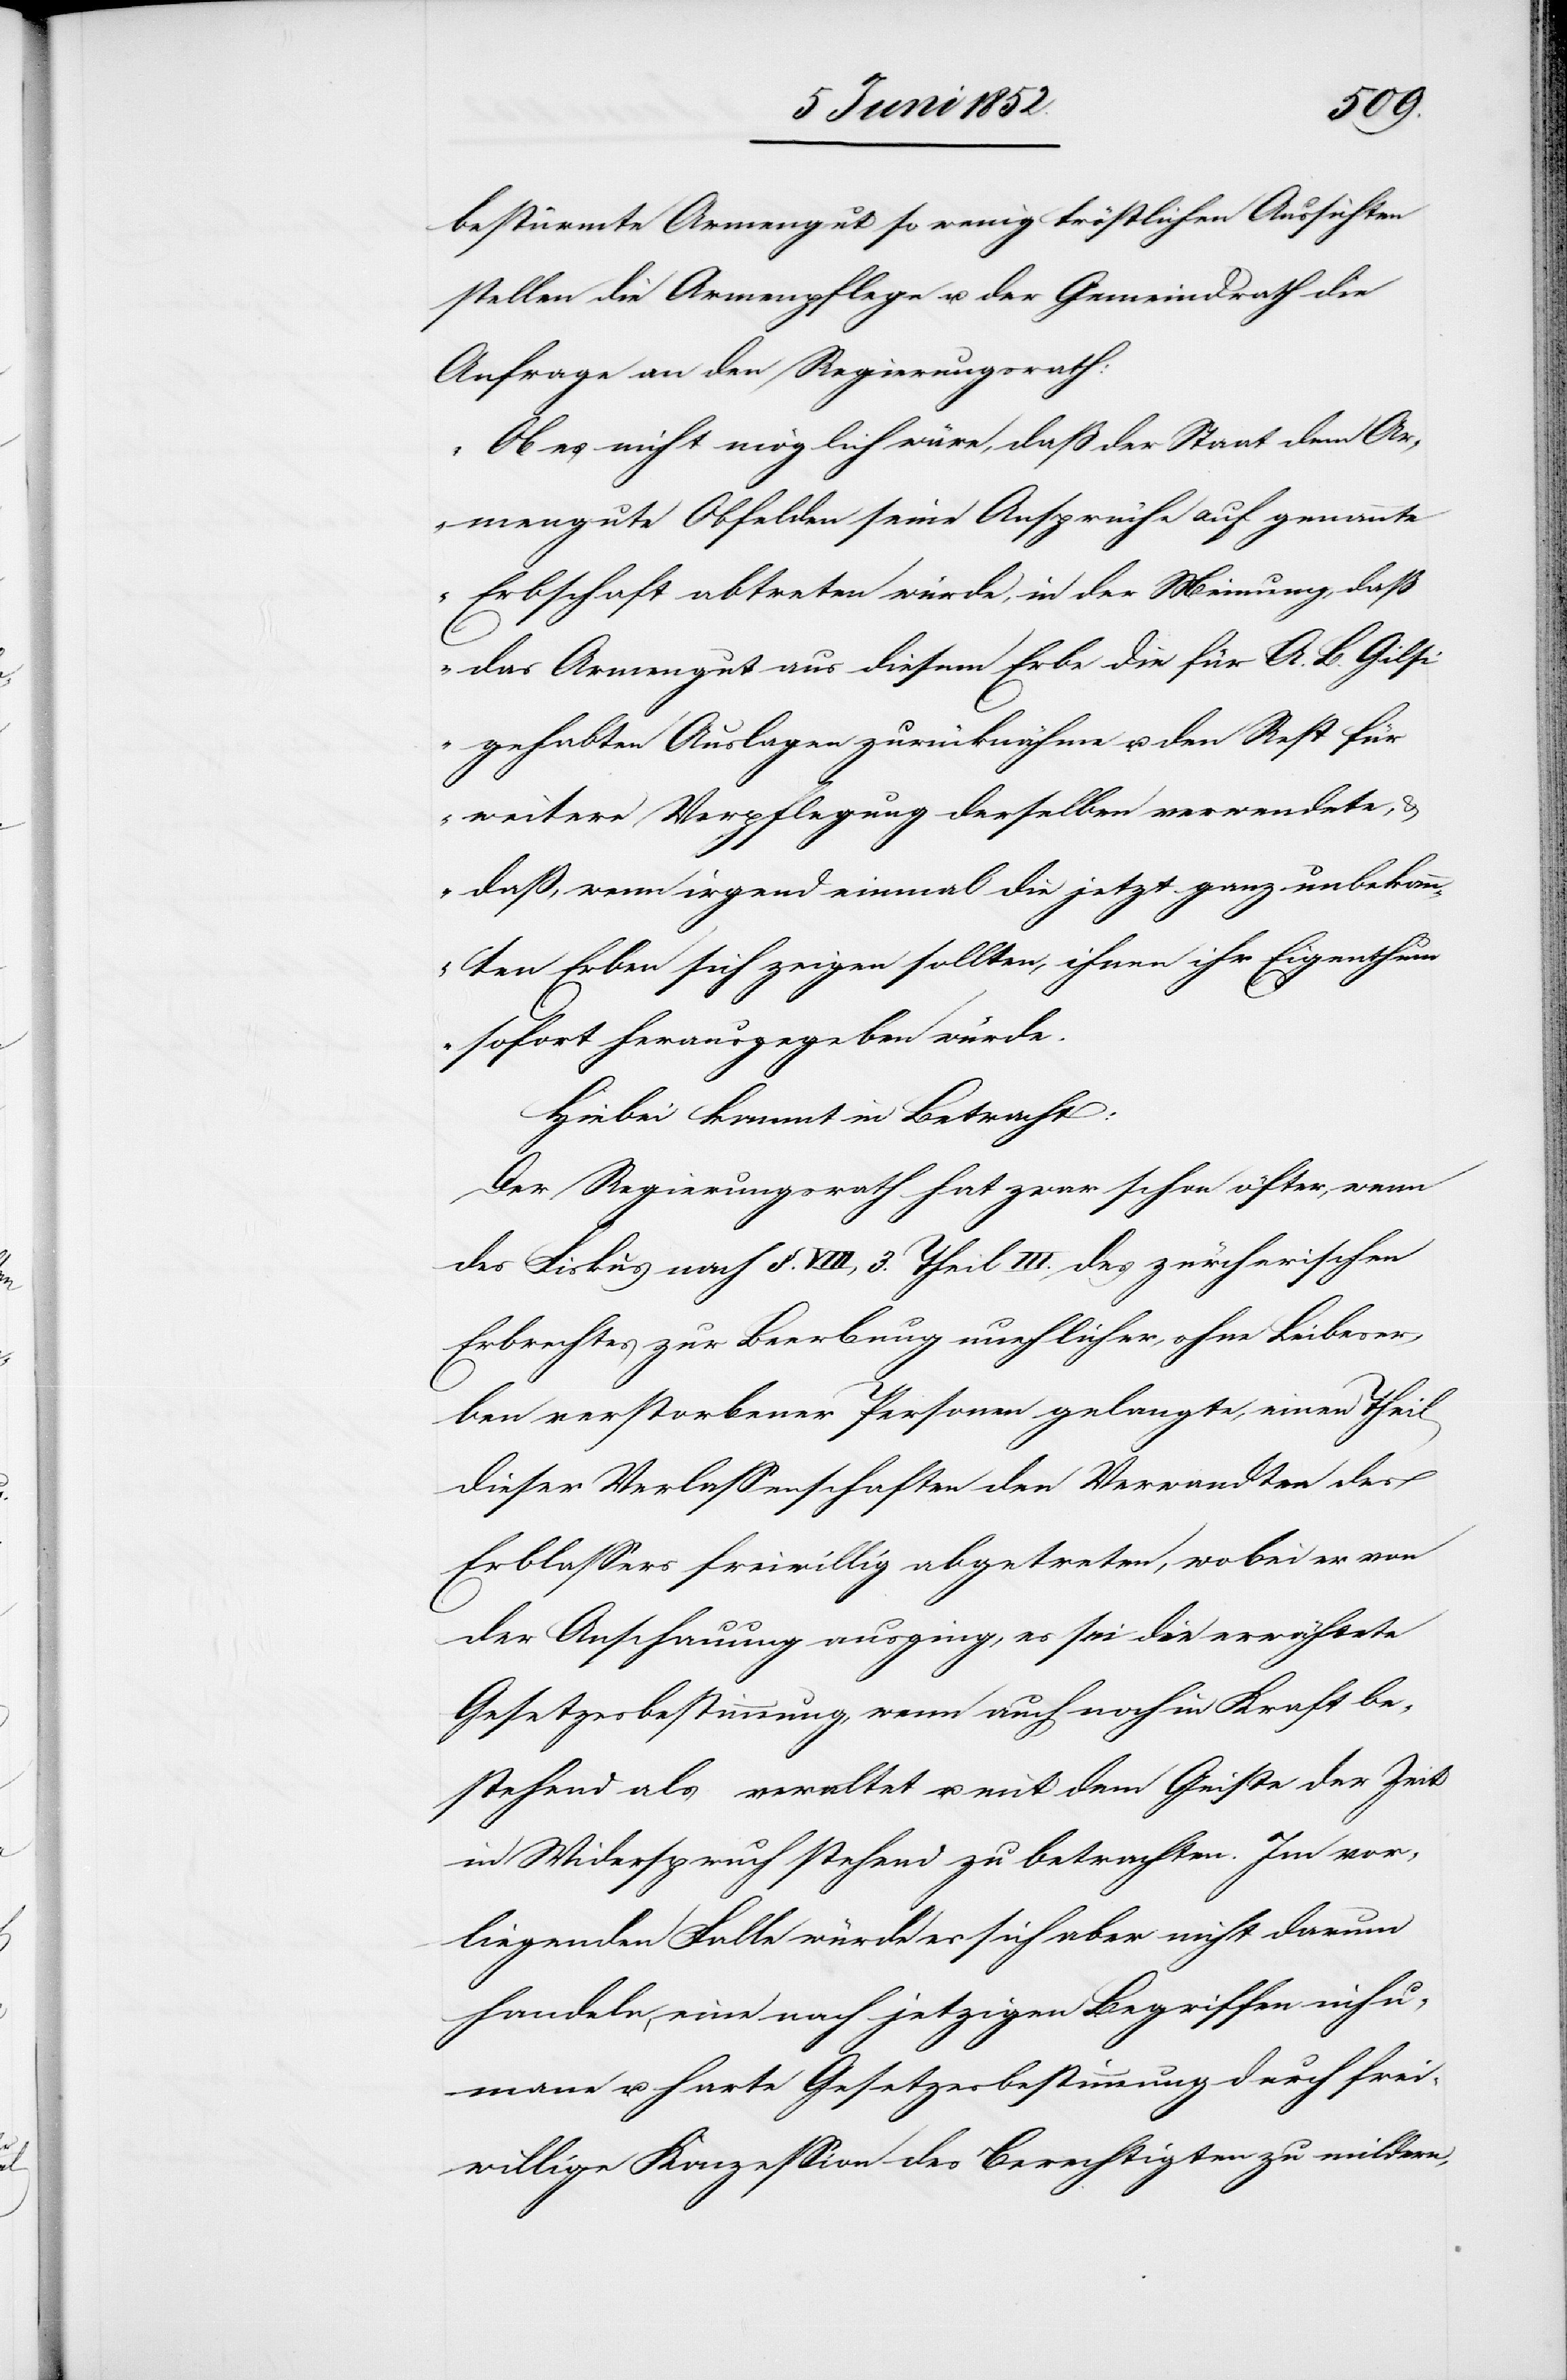
bestürmte Armengut so wenig tröstlichen Aussichten
stellen die Armenpflege u. der Gemeindrath die
Anfrage an den Regierungsrath:
„Ob es nicht möglich wäre, daß der Staat dem Ar¬
mengute Obfelden seine Ansprüche auf genannte
Erbschaft abtreten würde, in der Meinung, daß
das Armengut aus diesem Erbe die für A. B. Gilsi
gehabten Auslagen zurücknähme u. den Rest für
weitere Verpflegung derselben verwendete,
daß, wenn irgend einmal die jetzt ganz unbekan¬
nten Erben sich zeigen sollten, ihnen ihr Eigenthum
sofort herausgegeben würde.[“]
Hiebei kommt in Betracht:
Der Regierungsrath hat zwar schon öfter, wenn
Fiskus nach §. VIII, 3. Theil III. des zürcherischen
Erbrechtes zur Beerbung unehlicher, ohne Leibeser¬
ben verstorbener Personen gelangte, einen Theil
dieser Verlassenschaften den Verwandten des
Erblassers freiwillig abgetreten, wobei er von
der Anschauung ausging, es sei die erwähnte
Gesetzesbestimmung, wenn auch noch in Kraft be¬
stehend als veraltet u. mit dem Geiste der Zeit
in Widerspruch stehend zu betrachten. Im vor¬
liegenden Falle würde es sich aber nicht darum
handeln, eine nach jetzigen Begriffen inhu¬
mane u. harte Gesetzesbestimmung durch frei¬
willige Konzession des Berechtigten zu mildern,